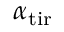
\alpha _ { \mathrm { t i r } }